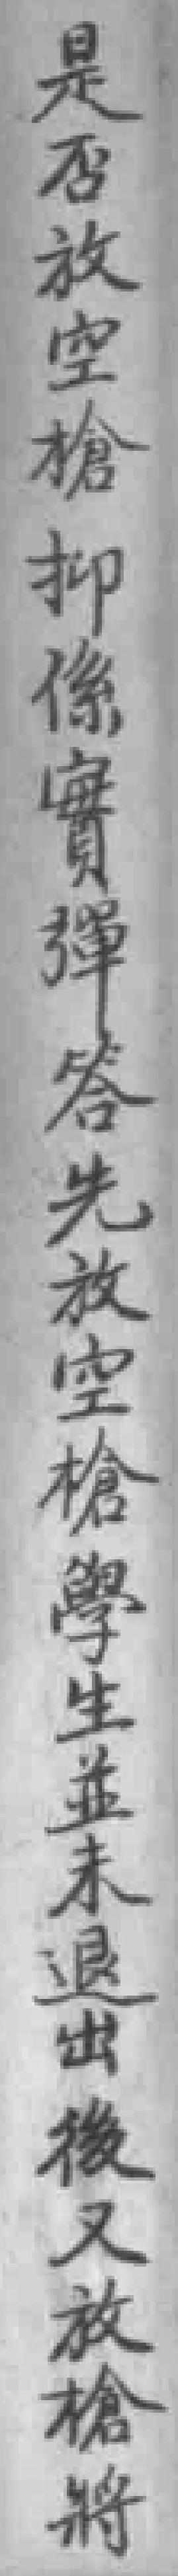
是否放空槍抑係實彈答先放空槍學生並未退出後又放槍將